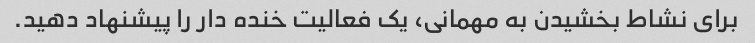
برای نشاط بخشیدن به مهمانی، یک فعالیت خنده دار را پیشنهاد دهید.